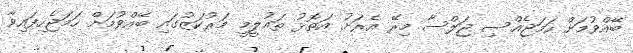
ބޭއްވުމަށް ހަމަޖެއްސި ޖަލްސާ މިރޭ އެރަށު އަތޮޅު ތައުލީމީ މަރުކަޒުގައި ބޭއްވުމަށް ހަމަޖެހިފައިވާ